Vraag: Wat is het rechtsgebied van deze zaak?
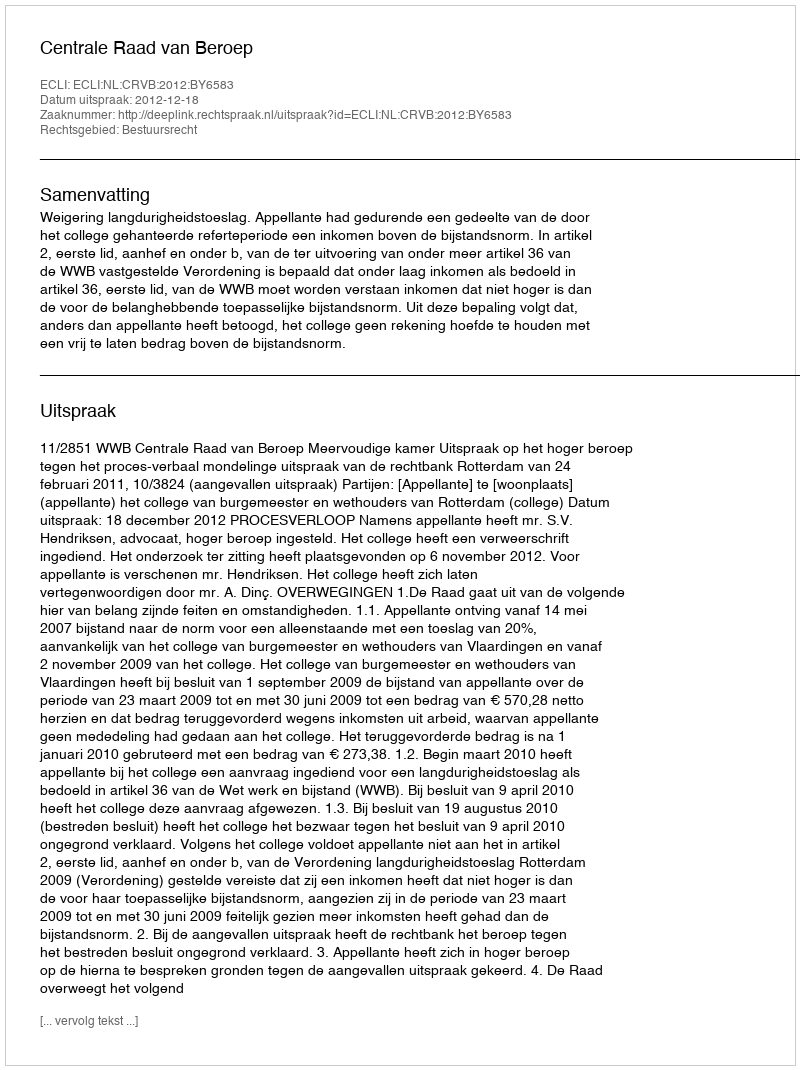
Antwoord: Bestuursrecht